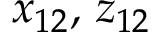
x _ { 1 2 } , \, z _ { 1 2 }